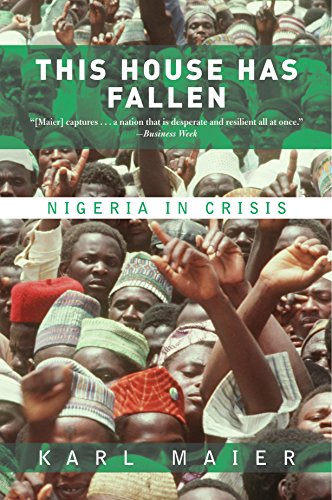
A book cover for This House Has Fallen: Nigeria In Crisis; Karl Maier; History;